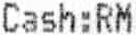
CASH:RM